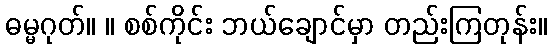
ဓမ္မဂုတ်။ ။ စစ်ကိုင်း ဘယ်ချောင်မှာ တည်းကြတုန်း။